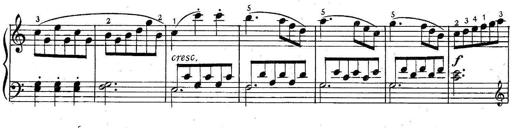
Title: 6 Easy Sonatinas
Composer: Carl Czerny